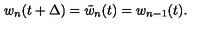
w _ { n } ( t + \Delta ) = \tilde { w } _ { n } ( t ) = w _ { n - 1 } ( t ) .